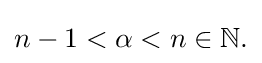
{\textstyle n-1<\alpha <n\in \mathbb {N} .}